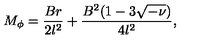
M _ { \phi } = \frac { B r } { 2 l ^ { 2 } } + \frac { B ^ { 2 } ( 1 - 3 \sqrt { - \nu } ) } { 4 l ^ { 2 } } ,